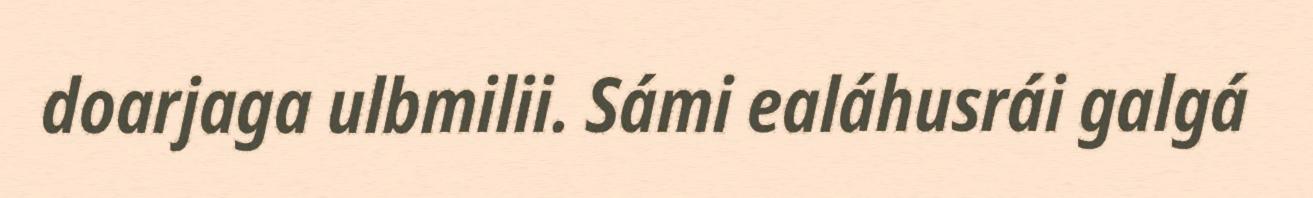
doarjaga ulbmilii. Sámi ealáhusrái galgá